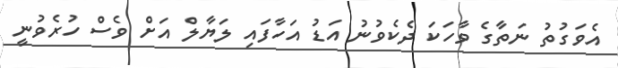
އެވަގުތު ނަތާގެ ވާހަކަ ދެކެވުނު އަޑު އަހާފައި ލަޔާލް އަށް ވެސް ހުރެވުނީ